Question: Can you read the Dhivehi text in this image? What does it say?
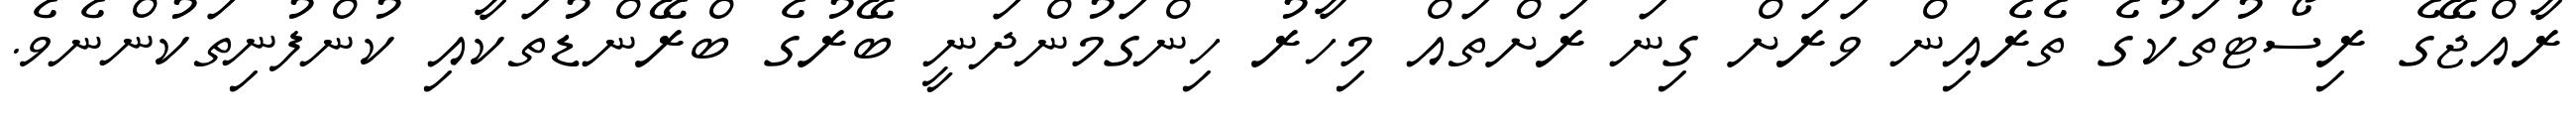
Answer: ރާއްޖޭގެ ރިސޯޓުތަކުގެ ތެރެއިން ވަރަށް ގިނަ ރަށްތައް މިހާރު ހިންގަމުންދަނީ ބޭރުގެ ބްރޭންޑުތަކާއި ކުންފުނިތަކުންނެވެ.